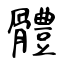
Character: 體